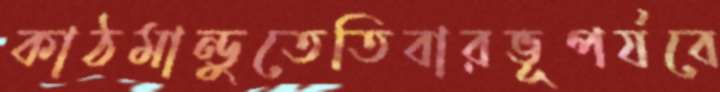
কাঠমান্ডুতেতিবারভূপর্যবে